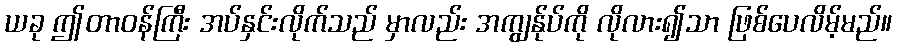
ယခု ဤတာဝန်ကြီး အပ်နှင်းလိုက်သည် မှာလည်း အကျွန်ုပ်ကို လိုလား၍သာ ဖြစ်ပေလိမ့်မည်။